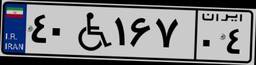
۶۴W۷۹۲۶۱